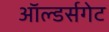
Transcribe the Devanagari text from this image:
ऑल्डर्सगेट